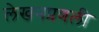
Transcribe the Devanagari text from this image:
लेखनप्रणली